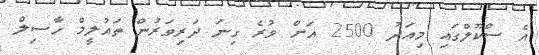
އެ ސްކޫލްގައި މިއަދު 2500 އަށް ވުރެ ގިނަ ދަރިވަރުން ތައުލީމް ހާސިލް